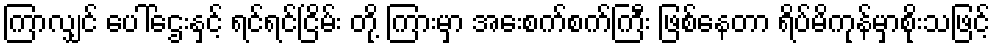
ကြာလျှင် ပေါ်ဌေးနှင့် ရင်ရင်ငြိမ်း တို့ ကြားမှာ အေးစက်စက်ကြီး ဖြစ်နေတာ ရိပ်မိကုန်မှာစိုးသဖြင့်